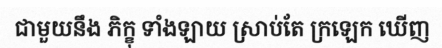
ជាមួយនឹង ភិក្ខុ ទាំងឡាយ ស្រាប់តែ ក្រឡេក ឃើញ